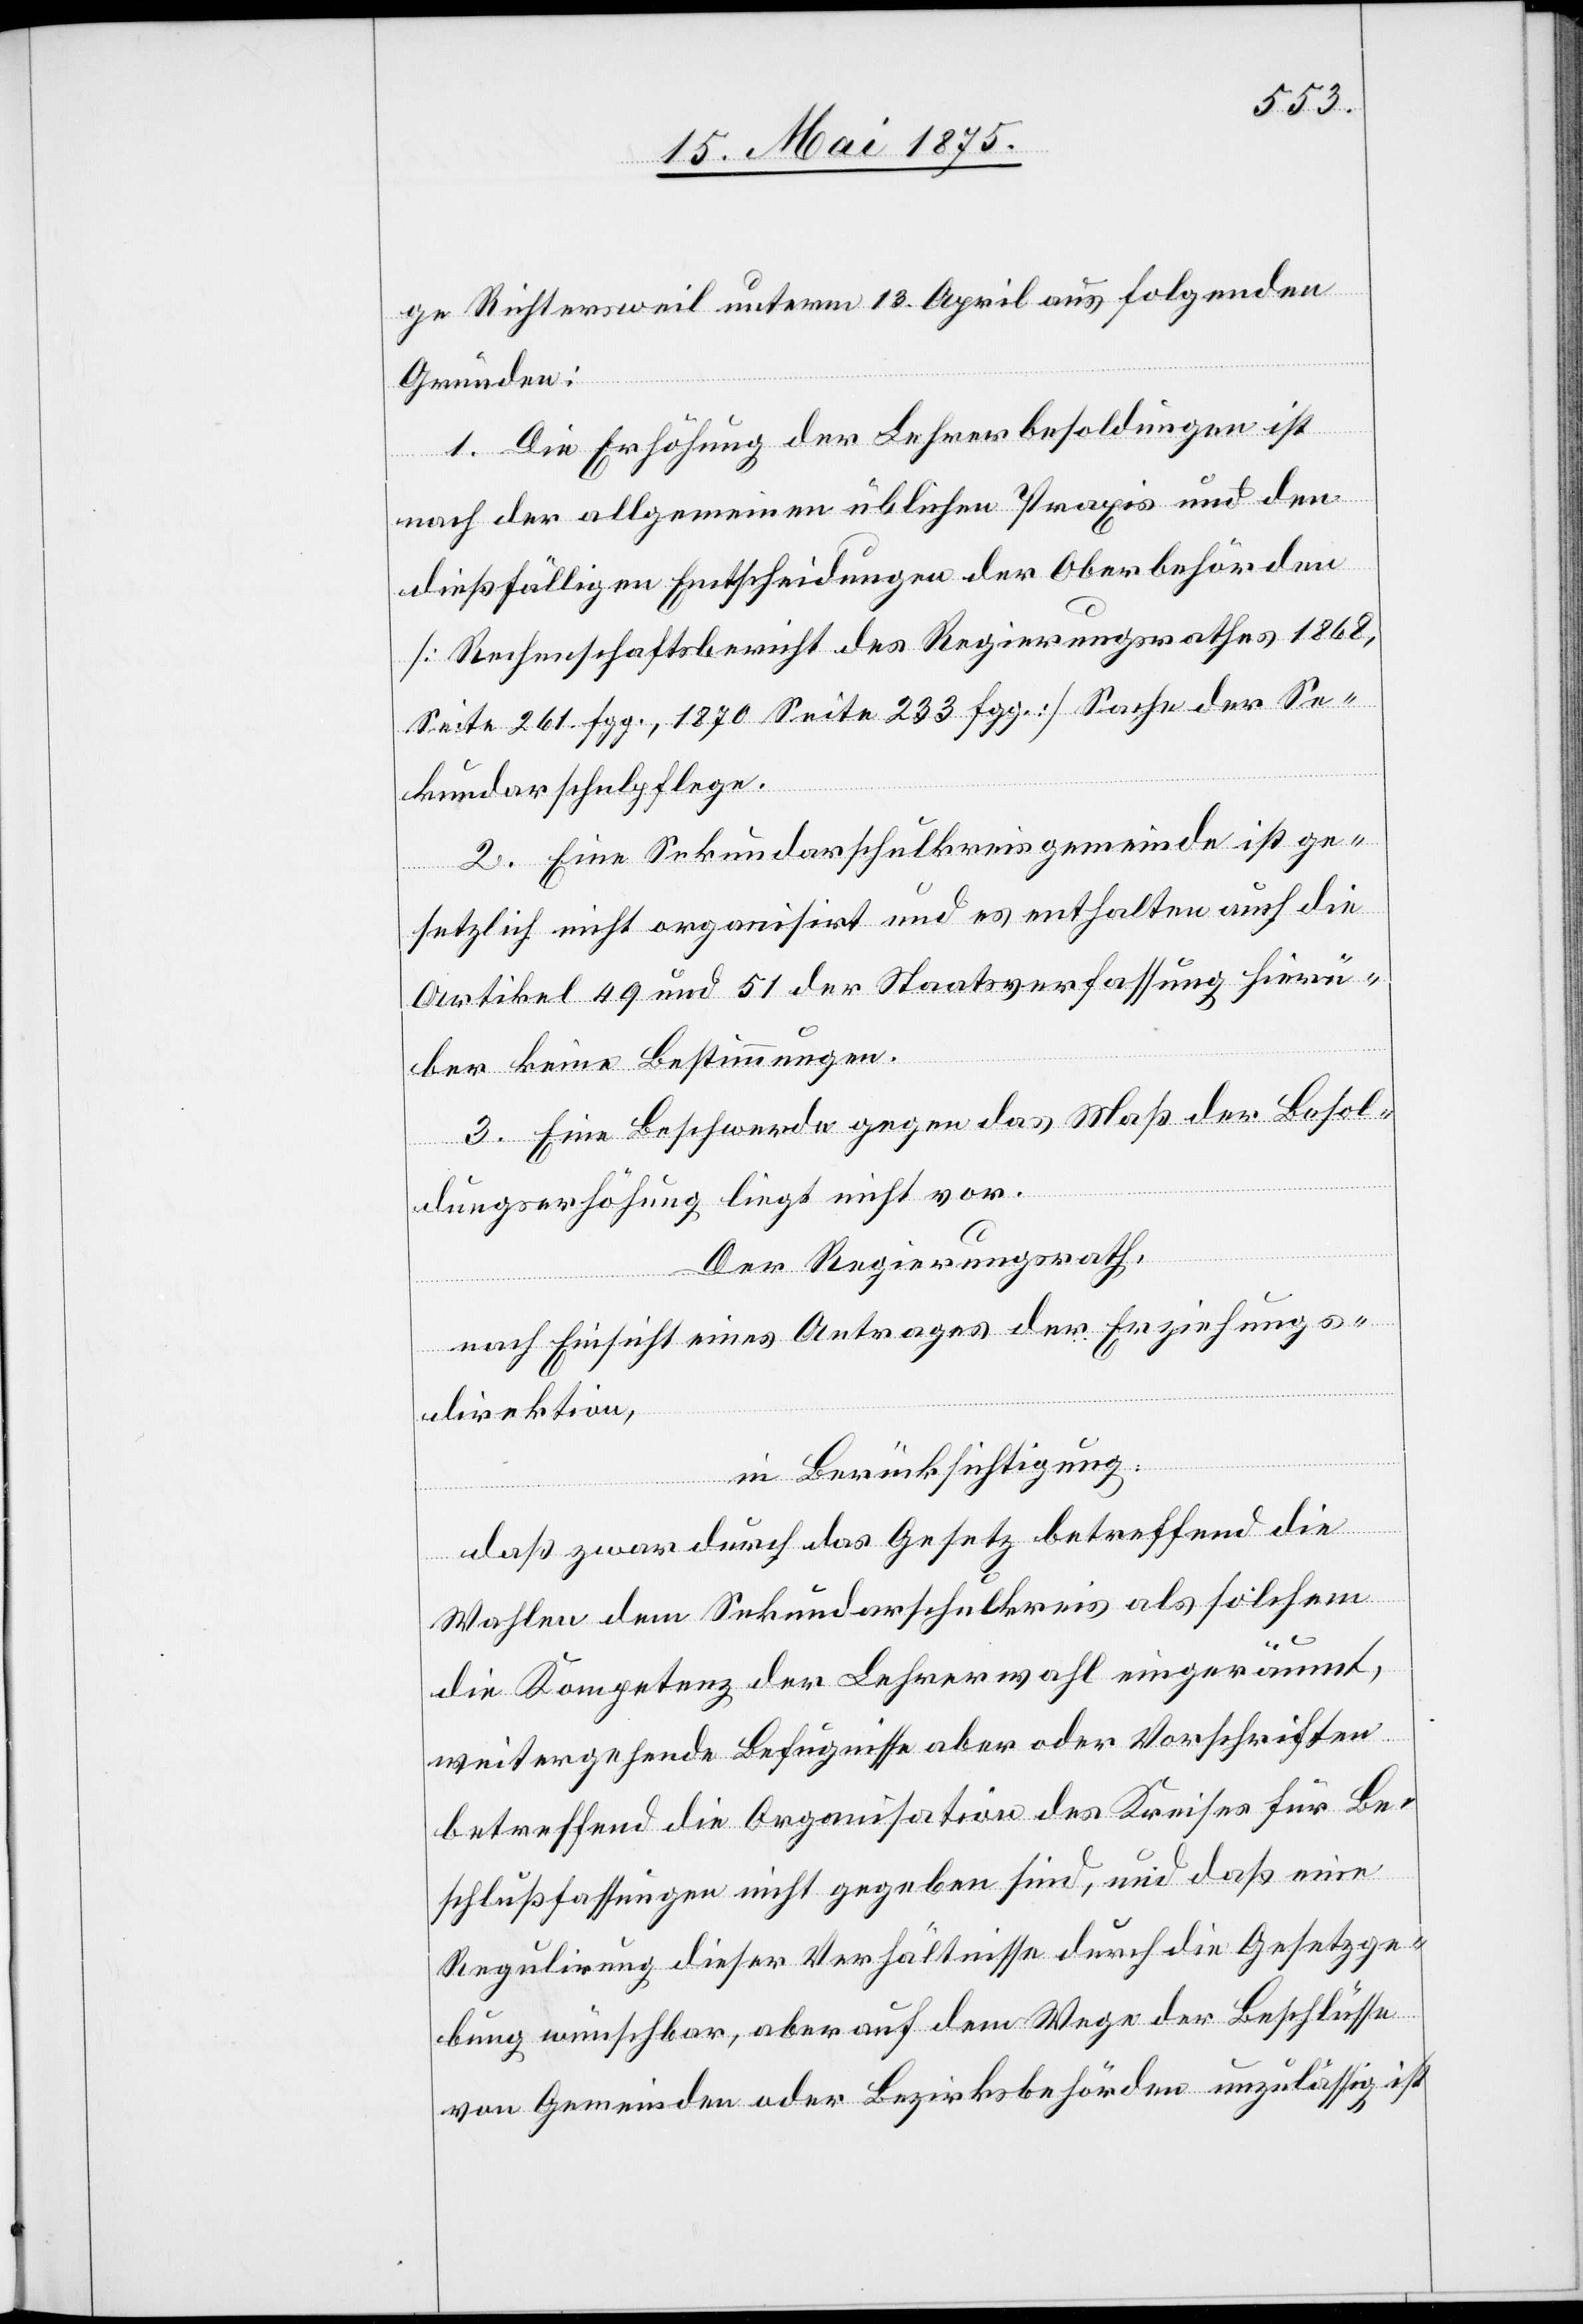
ge Richtersweil unterm 12. April aus folgenden
Gründen:
1. Die Erhöhung der Lehrerbesoldungen ist
nach der allgemeinen üblichen Praxis und den
dießfälligen Entscheidungen der Oberbehörden
[Rechenschaftsbericht des Regierungsrathes 1868,
Seite 261. fgg., 1870 Seite 233 fgg.] Sache der Se¬
kundarschulpflege.
2. Eine Sekundarschulkreisgemeinde ist ge¬
setzlich nicht organisirt und es enthalten auch die
Artikel 49 und 51 der Staatsverfassung hierü¬
ber keine Bestimmungen.
3. Eine Beschwerde gegen das Maß der Besol¬
dungserhöhung liegt nicht vor.
Der Regierungsrath,
nach Einsicht eines Antrages der Erziehungs¬
direktion,
in Berücksichtigung:
daß zwar durch das Gesetz betreffend die
Wahlen dem Sekundarschulkreis als solchem
die Kompetenz der Lehrerwahl eingeräumt,
weitergehende Befugnisse aber oder Vorschriften
betreffend die Organisation des Kreises für Be¬
schlußfassungen nicht gegeben sind und daß eine
Regulirung dieser Verhältnisse durch die Gesetzge¬
bung wünschbar, aber auf dem Wege der Beschlüsse
von Gemeinden oder Bezirksbehörden unzulässig ist